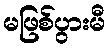
မဖြစ်ပွားမီ